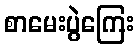
စာမေးပွဲကြေး